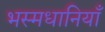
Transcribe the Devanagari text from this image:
भस्मधानियाँ